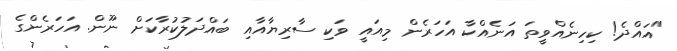
"އައްދެ! ކިހިނެއްވީތަ އަނެއްކާ އަހަރެން މިއައީ ވަކި ސާރިޔާއާއި ބައްދަލުކުރާކަށް ނޫން. އަހަރެންގެ